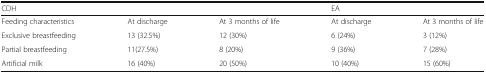
| <COLSPAN=3> CDH | <COLSPAN=2> EA |
 | --- | --- | --- | --- | --- |
 | Feeding characteristics | At discharge | At 3 months of life | At discharge | At 3 months of life |
 | Exclusive breastfeeding | 13 (32.5%) | 12 (30%) | 6 (24%) | 3 (12%) |
 | Partial breastfeeding | 11(27.5%) | 8 (20%) | 9 (36%) | 7 (28%) |
 | Artificial milk | 16 (40%) | 20 (50%) | 10 (40%) | 15 (60%) |